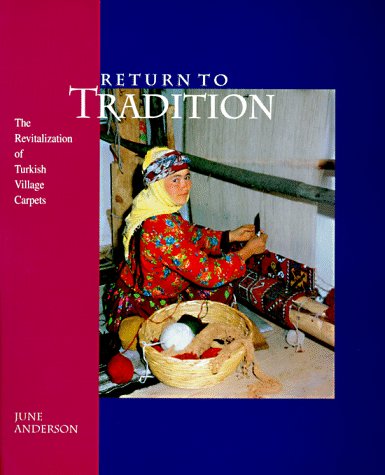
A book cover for Return to Tradition: The Revitalization of Turkish Village Carpets; June Anderson; Crafts, Hobbies & Home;